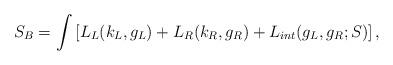
LaTeX: \begin{align*}S_B=\int\left[ L_L(k_L,g_L)+L_R(k_R,g_R)+L_{int}(g_L,g_R;S)\right],\end{align*}